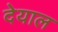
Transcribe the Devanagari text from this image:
देयाल